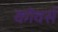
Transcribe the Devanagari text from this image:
कोवर्स